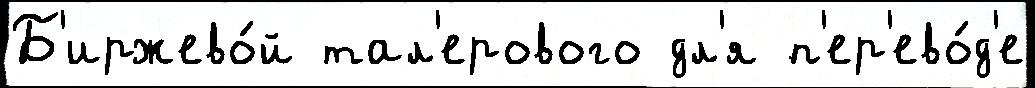
Б'иржево́й тал'ерового дл'я п'ер'ево́д'е